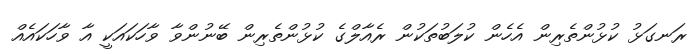
ރަނގަޅު ކުޅުންތެރިން އެހެން ކުލަބުތަކުން ރެއާލްގެ ކުޅުންތެރިން ބޭނުންވާ ވާހަކައަކީ އާ ވާހަކައެއް